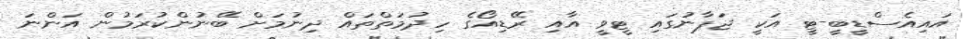
އައިއެސްޑީބީ-ޓީ އަކީ ޖަޕާނުގައި ޓީވީ އާއި ރޭޑިއޯގެ ހިދުމަތްތައް ދިނުމަށް ބޭނުންކުރަމުން އަންނަ